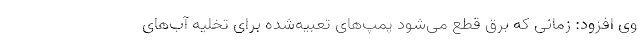
وی افزود: زمانی که برق قطع می‌شود پمپ‌های تعبیه‌شده برای تخلیه آب‌های